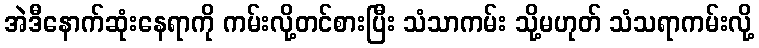
အဲဒီနောက်ဆုံးနေရာကို ကမ်းလို့တင်စားပြီး သံသာကမ်း သို့မဟုတ် သံသရာကမ်းလို့